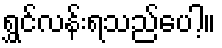
ရွှင်လန်းရသည်ပေါ့။